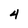
Character: 4